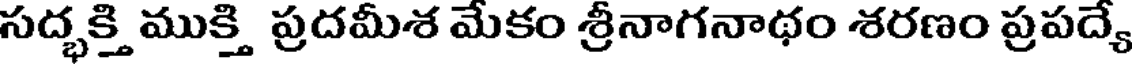
సద్భక్తి ముక్తి ప్రదమీశ మేకం శ్రీనాగనాథం శరణం ప్రపద్యే